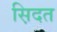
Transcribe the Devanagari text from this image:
स़िदत